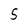
Character: 5